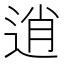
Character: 逍